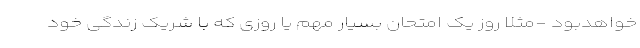
خواهدبود -مثلاً روز یک امتحان بسیار مهم یا روزی که با شریک زندگی خود